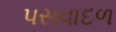
પસવાદળ